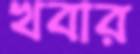
খবার